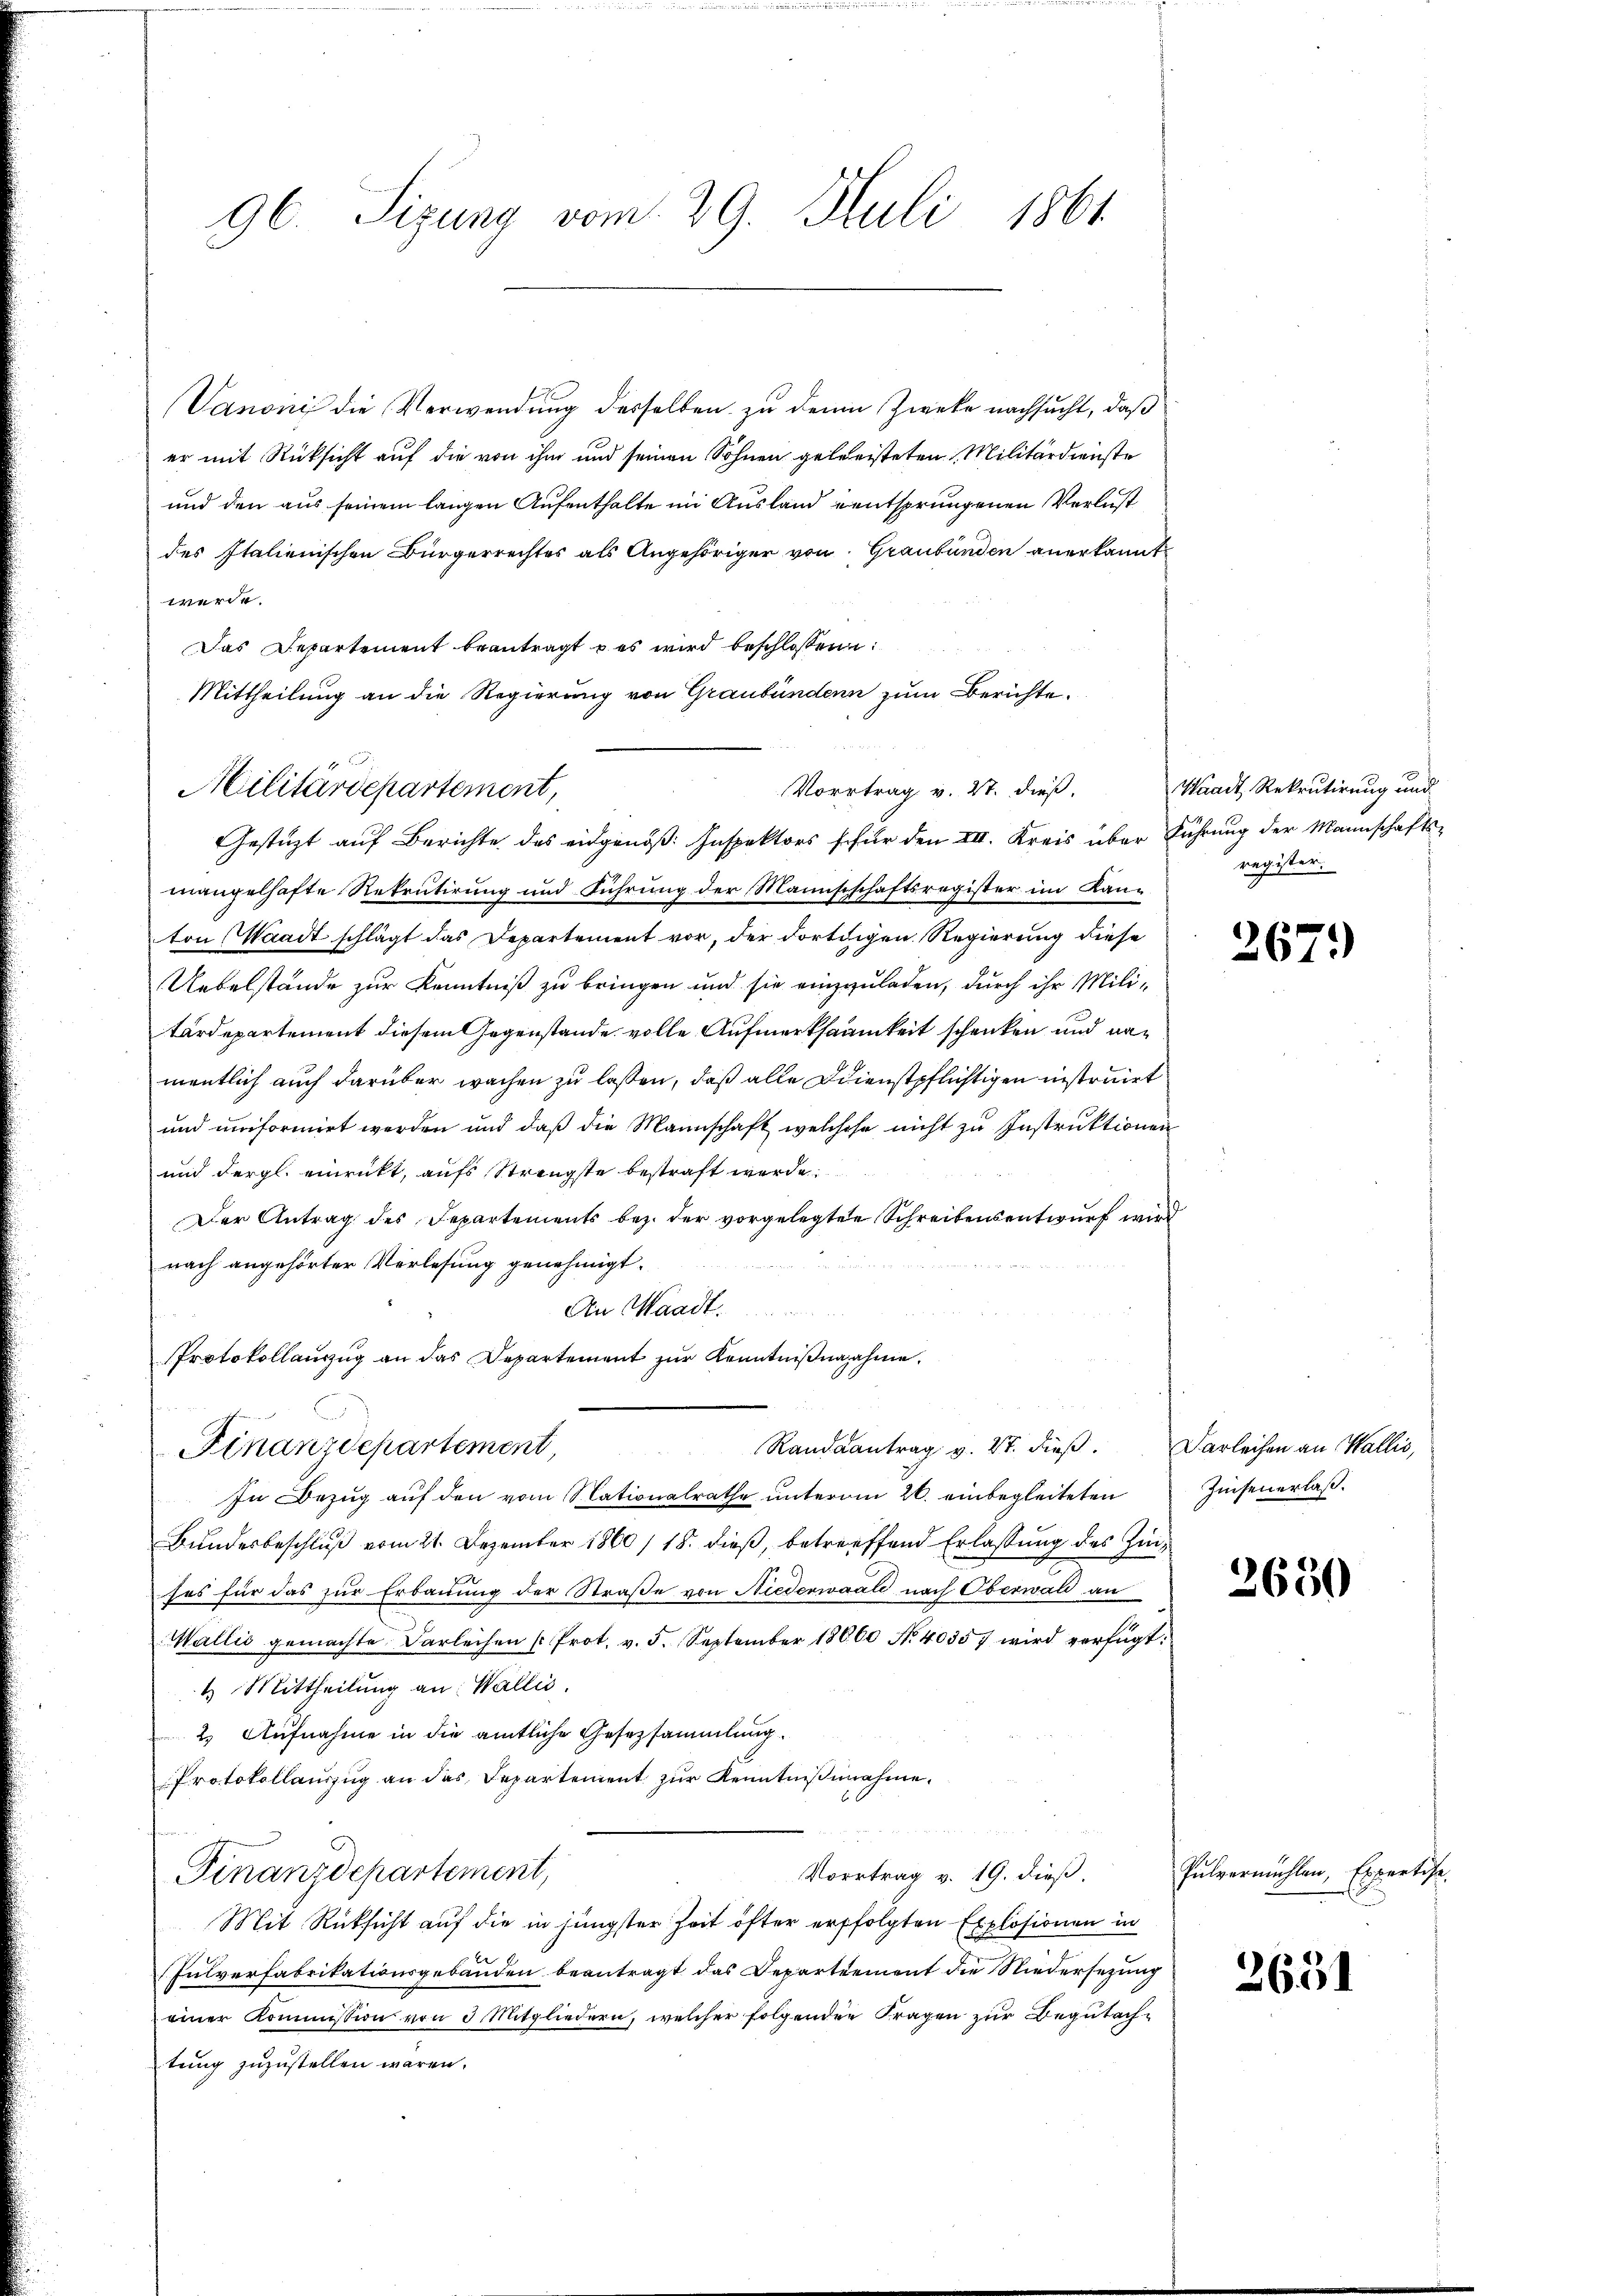
96. Sizung vom 29. Juli 1861

Vanonis die Verwendung desselben zu den Zwecke nachsucht, daß
er mit Rücksicht auf die von ihm und seinen Sohnen geleisteten Militärdienste
und den aus seinem langen Aufenthalte in Ausland entsprungenen Verlust
des Italienischen Bürgerrechtes als Angehöriger von Graubünden anerkannt
werde.
Das Departement beantragt u es wird beschlossen:
Mittheilung an die Regierung von Graubündenn zum Berichte.
Gestützt auf Berichte des eidgenöß: Inspektors schür den III. Kreis über Führung der Mannschaftsmangelhafte Rekrutirung und Führung der Mannschschaftsregister im Kanton Waadt schlägt das Departement vor, der dortigen Regierung diese
Uebelstände zur Kenntniß zu bringen und sie einzuladen, durch ihr Militärdepartement diesem Gegenstände volle Aufmerksamkeit schenken und namentlich auch darüber wachen zu lassen, daß alle Ddienstpflichtigen instruirt
und uniformirt werden und daß die Mannschaft, welchese nicht zu Instruktionen
und dergl. einrückt, aufs Strengste bestraft werde.
Der Antrag des Separtements bez. der vorgelegten Schreibensentwurf wird
nach angehörter Verlesung genehmigt.
An Waadt.
Protokollauszug an das Departement zur Kenntnißnahme.
Randsantrag v. 4. dieß. Darleihen an Wallis,
Finanzdepartement,
In Bezug auf den vom Nationalrathe unterm 26. einbegleiteten
Bundesbeschluß vom 21. Dezember 1860/18. dieß, betreffend Erlassung des Zinses für das zur Erbauung der Straße von Niederwaale nach Oberwald an
Wallis gemachte Darleihen [Prot. v. 5. September 18060 No 40357 wird verfügt:
4 Mittheilung an: Wallis.
2. Aufnahme in die amtliche Gesetzsammlung.
Protokollauszug an das Departement zur Kenntnißnahme.
a
Vortrag v. 19. dieß.
Finanzdepartement,
Mit Rücksicht auf die in jüngster Zeit öfter erfolgten Explosionen in
Fulverfabrikationsgebäuden beantragt das Departement die Niedersezung
einer Kommission von 3 Mitgliedern, welcher folgenden Fragen zur Begutachtung zuzustellen wären.

Militärdepartement,

Vortrag v. 27. dieß,

Waadt, Rekrutirung und
register.

267.

Zinsen erlaß.

2650

Pulvermühlen, Expertise.

2631